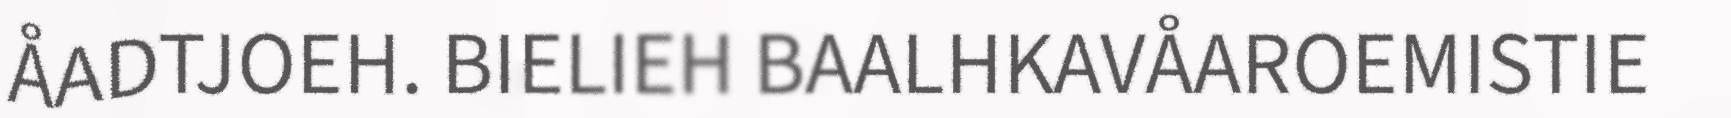
ÅADTJOEH. BIELIEH BAALHKAVÅAROEMISTIE